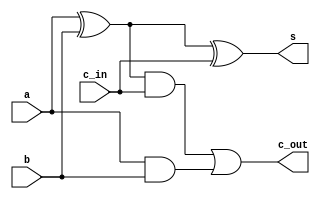
`timescale 1ns / 1ps
//////////////////////////////////////////////////////////////////////////////////
// Company: 
// Engineer: 
// 
// Design Name: 
// Module Name: fa
// Project Name: 
// Target Devices: 
// Tool Versions: 
// Description: 
// 
// Dependencies: 
// 
// Revision:
// Revision 0.01 - File Created
// Additional Comments:
// 
//////////////////////////////////////////////////////////////////////////////////


module fa(input a, input b, input c_in, output s, output c_out);

assign s = a ^ b ^ c_in;
assign c_out = ((a ^ b) & c_in) | (a & b);
endmodule